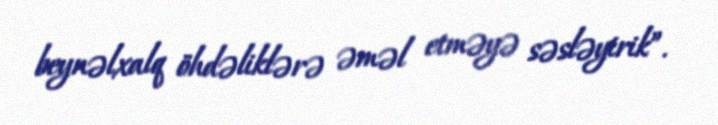
beynəlxalq öhdəliklərə əməl etməyə səsləyirik”.